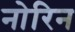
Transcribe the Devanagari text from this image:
नोरिन